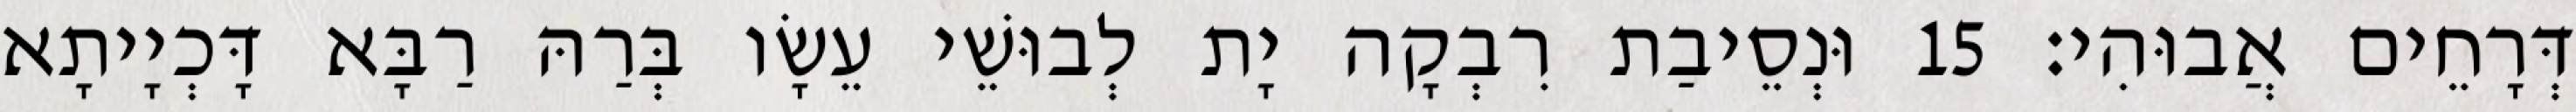
דְּרָחֵים אֲבוּהִי׃ 15 וּנְסֵיבַת רִבְקָה יָת לְבוּשֵׁי עֵשָׂו בְּרַהּ רַבָּא דָּכְיָיתָא